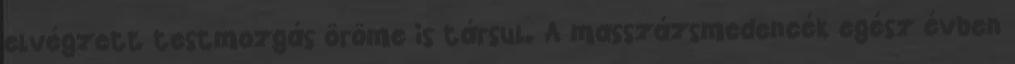
elvégzett testmozgás öröme is társul. A masszázsmedencék egész évben